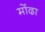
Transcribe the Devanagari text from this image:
मोंढा